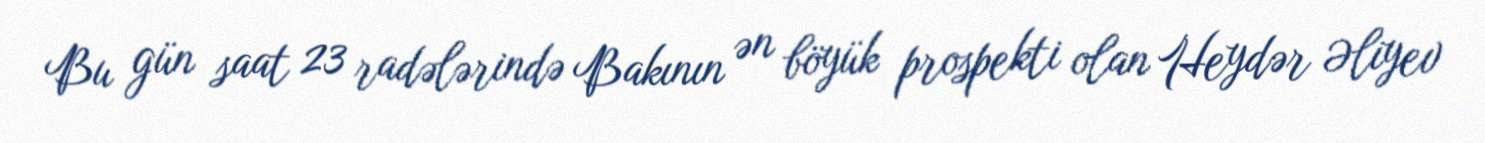
Bu gün saat 23 radələrində Bakının ən böyük prospekti olan Heydər Əliyev